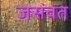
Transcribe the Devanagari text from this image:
जसंवत